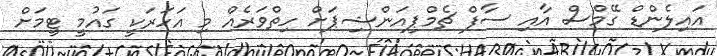
އައިލެންޑް ގޭމްސް އާއި ސާފް ޗެމްޕިއަންޝިޕަށް ހިތްވަރެއް މި އަހަރަކީ ގައުމީ ޓީމަށް